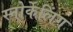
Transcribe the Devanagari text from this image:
स्नोर्केलिंग